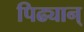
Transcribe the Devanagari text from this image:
पिढ्यान्‌